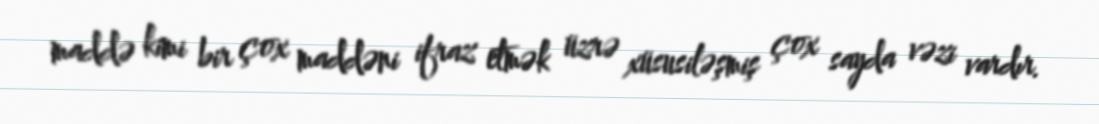
maddə kimi bir çox maddəni ifraz etmək üzrə xüsusiləşmiş çox sayda vəzi vardır.